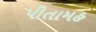
પીતામહ